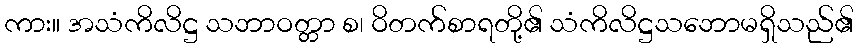
ကား။ အသံကိလိဋ္ဌ သဘာဝတ္တာ စ၊ ဝိတက်စာရတို့၏ သံကိလိဋ္ဌသဘောမရှိသည်၏